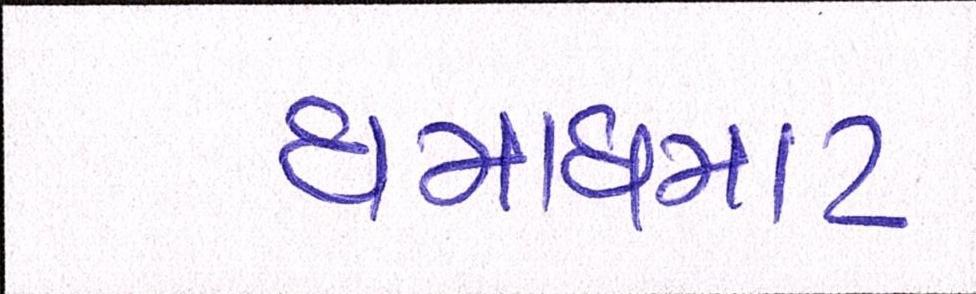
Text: ધમાધમાટ